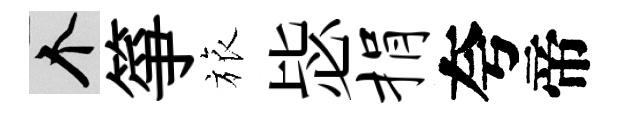
个箏旅毖捐夸帝